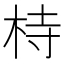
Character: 㭙